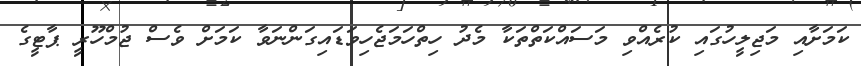
ކަމަށާއި މަޖިލީހުގައި ކުރެއްވި މަސައްކަތްތަކާ މެދު ހިތްހަމަޖެހިވަޑައިގަންނަވާ ކަމަށް ވެސް ޖުމްހޫރީ ޕާޓީގެ